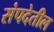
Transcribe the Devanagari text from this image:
संपदेतील